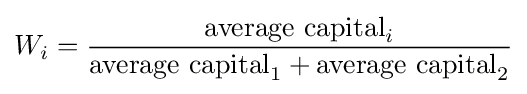
W_{i}={\frac {{\text{average capital}}_{i}}{{\text{average capital}}_{1}+{\text{average capital}}_{2}}}